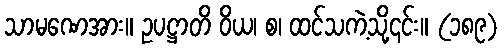
သာမဏေအား။ ဥပဋ္ဌာတိ ဝိယ၊ စ၊ ထင်သကဲ့သို့၎င်း။ (၁၈၉)